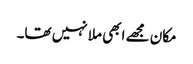
مکان مجھے ابھی ملا نہیں تھا۔